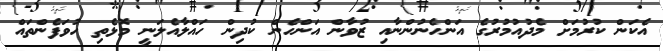
އެކަން ކުރުމަށް މެދުއުމުރުގެ އަންހެނުންނާއި ޒުވާން އަންހެން ކުދިން ހައްލާއެލަނީ މޮޅެތި ހުވަފެންތައް